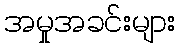
အမှုအခင်းများ